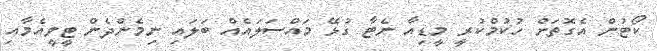
ކޯޓުން އެގޮތަށް ހުކުމްކުރީ މީޑިއާ ނެޓާ ގުޅޭ މައްސަލައެއް ބަލައި ނިމެންދެން ޓީވީއެމާއި